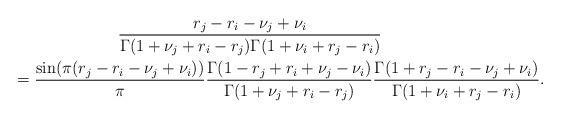
LaTeX: \begin{gather*} \frac{r_j-r_i-\nu_j+\nu_i}{\Gamma(1+\nu_j+r_i-r_j)\Gamma(1+\nu_i+r_j-r_i)} \\ \qquad{}=\frac{\sin(\pi(r_j-r_i-\nu_j+\nu_i))}\pi\frac{\Gamma(1-r_j+r_i+\nu_j-\nu_i)}{\Gamma(1+\nu_j+r_i-r_j)} \frac{\Gamma(1+r_j-r_i-\nu_j+\nu_i)}{\Gamma(1+\nu_i+r_j-r_i)}. \end{gather*}